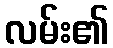
လမ်း၏